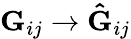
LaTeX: \mathbf{G}_{ij}\rightarrow\mathbf{\hat{G}}_{ij}